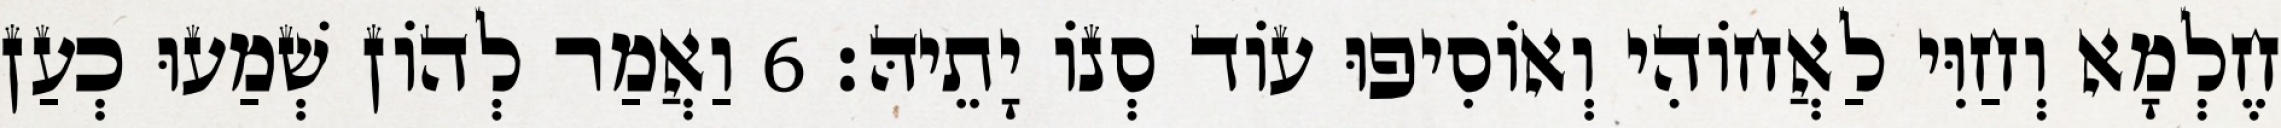
חֶלְמָא וְחַוִּי לַאֲחוֹהִי וְאוֹסִיפוּ עוֹד סְנוֹ יָתֵיהּ׃ 6 וַאֲמַר לְהוֹן שְׁמַעוּ כְעַן